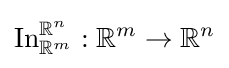
\operatorname {In} _{\mathbb {R} ^{m}}^{\mathbb {R} ^{n}}:\mathbb {R} ^{m}\to \mathbb {R} ^{n}